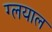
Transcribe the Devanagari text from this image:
ग्लयाल